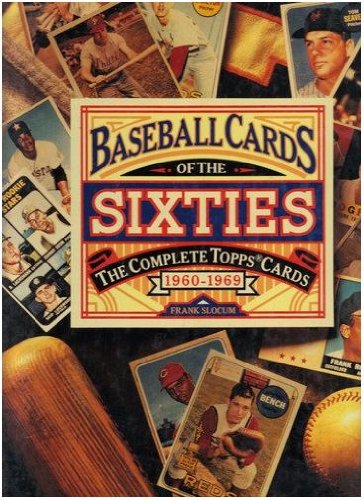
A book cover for Baseball Cards of the Sixties: The Complete Topps Cards 1960-1969; Frank Slocum; Crafts, Hobbies & Home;